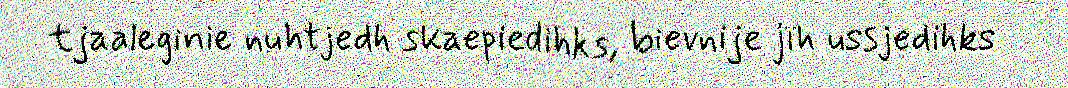
tjaaleginie nuhtjedh skaepiedihks, bievnije jïh ussjedihks